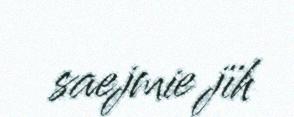
saejmie jïh